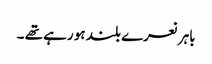
باہر نعرے بلند ہو رہے تھے ۔